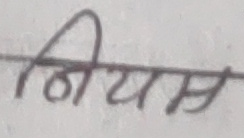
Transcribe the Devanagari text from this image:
नियम